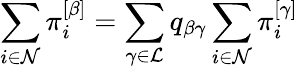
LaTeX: \sum_{i\in\mathcal{N}}\pi_{i}^{\left[\beta\right]}=\sum_{\gamma\in\mathcal{L}}q_{\beta\gamma}\sum_{i\in\mathcal{N}}\pi_{i}^{\left[\gamma\right]}